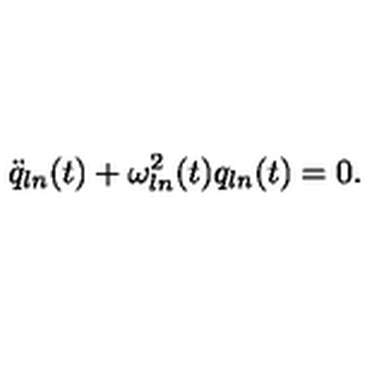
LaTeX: \ddot { q } _ { l n } ( t ) + \omega _ { l n } ^ { 2 } ( t ) q _ { l n } ( t ) = 0 .